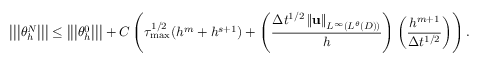
\left\vert \left\vert \left\vert \theta _ { h } ^ { N } \right\vert \right\vert \right\vert \leq \left\vert \left\vert \left\vert \theta _ { h } ^ { 0 } \right\vert \right\vert \right\vert + C \left( \tau _ { \operatorname* { m a x } } ^ { 1 / 2 } ( h ^ { m } + h ^ { s + 1 } ) + \left( \frac { \Delta t ^ { 1 / 2 } \left\Vert \mathbf { u } \right\Vert _ { L ^ { \infty } ( L ^ { \theta } ( D ) ) } } { h } \right) \left( \frac { h ^ { m + 1 } } { \Delta t ^ { 1 / 2 } } \right) \right) .